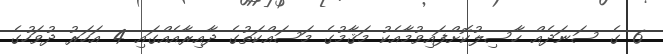
6 ގެ ސަނަދެއް ހާސިލުކޮށްފައިވުމާއެކު މަޤާމުގެ މަސައްކަތުގެ ދާއިރާއެއްގައި 4 އަހަރު ދުވަހުގެ